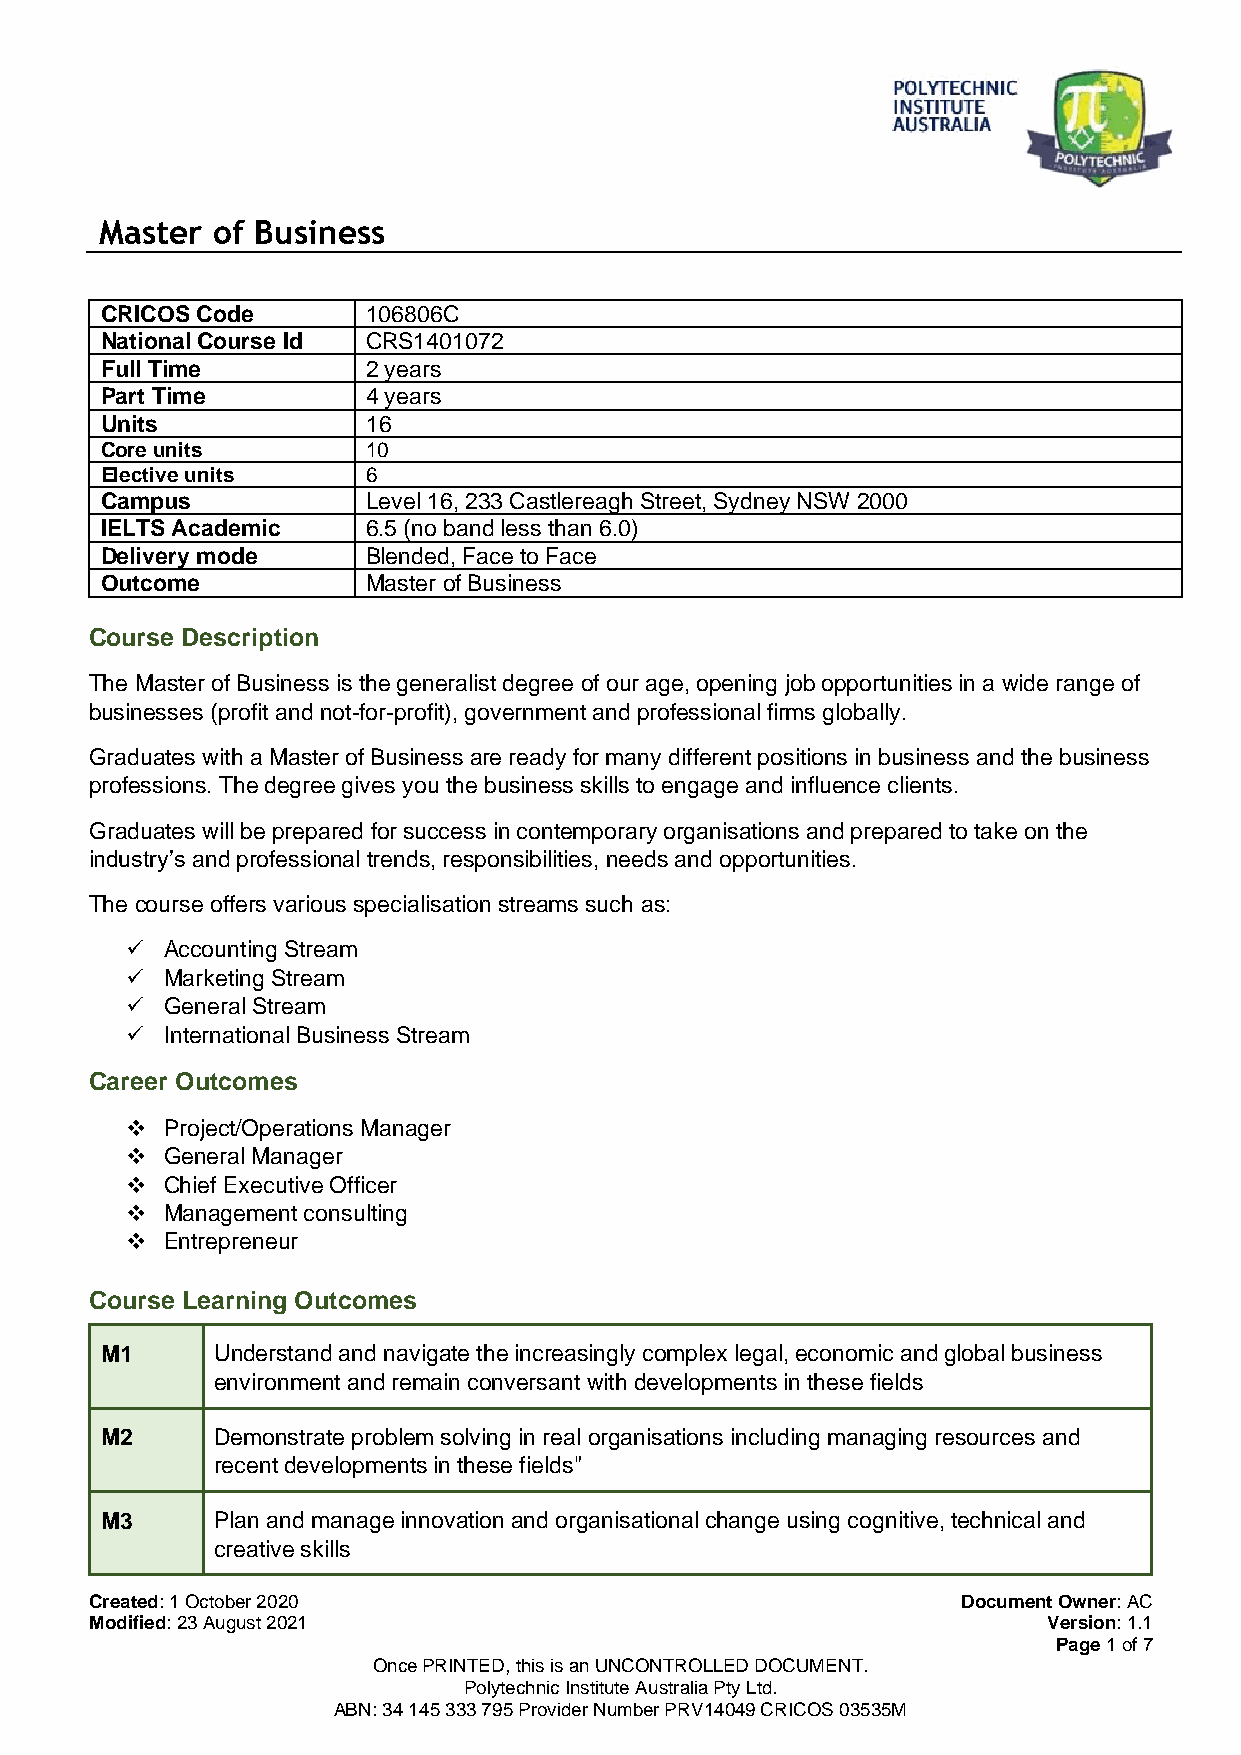
Master of Business
 CRICOS Code      106806C
 National Course Id CRS1401072
 Full Time        2 years
 Part Time        4 years
 Units            16
 Core units       10
 Elective units   6
 Campus           Level 16, 233 Castlereagh Street, Sydney NSW 2000
 IELTS Academic   6.5 (no band less than 6.0)
 Delivery mode    Blended, Face to Face
 Outcome          Master of Business
 Course Description
 The Master of Business is the generalist degree of our age, opening job opportunities in a wide range of
 businesses (profit and not-for-profit), government and professional firms globally.
 Graduates with a Master of Business are ready for many different positions in business and the business
 professions. The degree gives you the business skills to engage and influence clients.
 Graduates will be prepared for success in contemporary organisations and prepared to take on the
 industry’s and professional trends, responsibilities, needs and opportunities.
 The course offers various specialisation streams such as:
 ✓  Accounting Stream
 ✓  Marketing Stream
 ✓  General Stream
 ✓  International Business Stream
 Career Outcomes
 ❖  Project/Operations Manager
 ❖  General Manager
 ❖  Chief Executive Officer
 ❖  Management consulting
 ❖  Entrepreneur
 Course Learning Outcomes
 M1     Understand and navigate the increasingly complex legal, economic and global business
 environment and remain conversant with developments in these fields
 M2     Demonstrate problem solving in real organisations including managing resources and
 recent developments in these fields"
 M3     Plan and manage innovation and organisational change using cognitive, technical and
 creative skills
 Created: 1 October 2020                                   Document Owner: AC
 Modified: 23 August 2021                                       Version: 1.1
 Page 1 of 7
 Once PRINTED, this is an UNCONTROLLED DOCUMENT.
 Polytechnic Institute Australia Pty Ltd.
 ABN: 34 145 333 795 Provider Number PRV14049 CRICOS 03535M